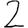
Digit: 2